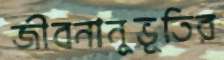
জীবনানুভূতির